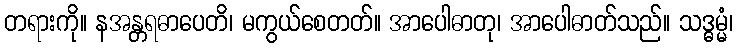
တရားကို။ နအန္တရဓာပေတိ၊ မကွယ်စေတတ်။ အာပေါဓာတု၊ အာပေါဓာတ်သည်။ သဒ္ဓမ္မံ၊